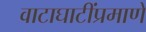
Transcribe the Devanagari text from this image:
वाटाघाटींप्रमाणे